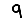
Digit: 9